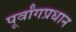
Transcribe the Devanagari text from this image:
पूर्वांगप्रधान